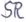
Text: SR